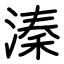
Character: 溱